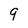
Character: 9